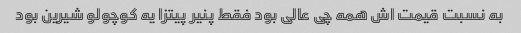
به نسبت قیمت اش همه چی عالی بود فقط پنیر پیتزا یه کوچولو شیرین بود